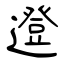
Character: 邆